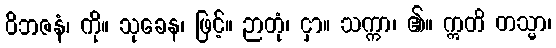
ဝိဘဇနံ၊ ကို။ သုခေန၊ ဖြင့်။ ဉာတုံ၊ ငှာ။ သက္ကာ၊ ၏။ ဣတိ တသ္မာ၊